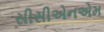
સીસીએનએમ